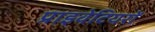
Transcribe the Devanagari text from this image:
प्राइवेटियरों